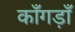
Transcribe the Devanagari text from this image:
काँगड़ाँ